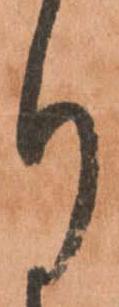
り